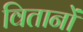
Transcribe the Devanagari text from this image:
वितानों